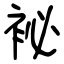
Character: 袐